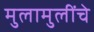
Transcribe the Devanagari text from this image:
मुलामुलींचे